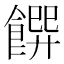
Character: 𩝁